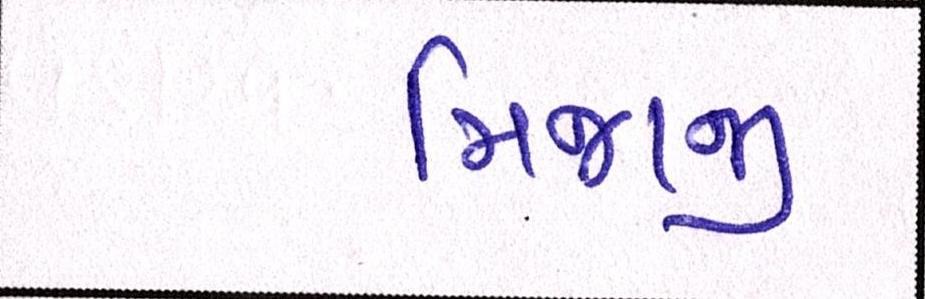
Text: મિજાજી